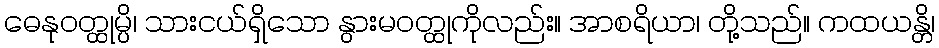
ဓေနုဝတ္ထုမ္ပိ၊ သားငယ်ရှိသော နွားမဝတ္ထုကိုလည်း။ အာစရိယာ၊ တို့သည်။ ကထယန္တိ၊